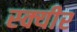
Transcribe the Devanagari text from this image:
स्क्यीर